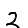
Digit: 2